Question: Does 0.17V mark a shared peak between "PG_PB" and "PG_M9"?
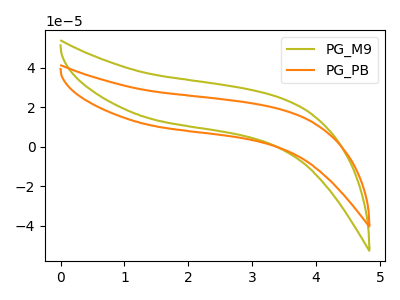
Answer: <think>The olive curve "PG_M9" has no peaks. The orange curve "PG_PB" has no peaks.</think>
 <answer>No, "PG_PB" and "PG_M9" dont share a peak at 0.17V.</answer>
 <eval>mismatch</eval>